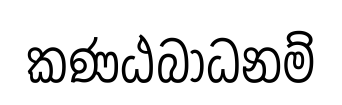
කණඨබාධනම්